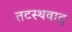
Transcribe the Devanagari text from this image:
तटस्थवाद